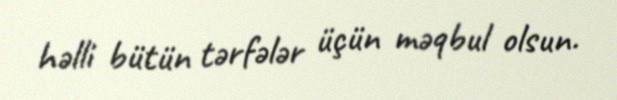
həlli bütün tərfələr üçün məqbul olsun.